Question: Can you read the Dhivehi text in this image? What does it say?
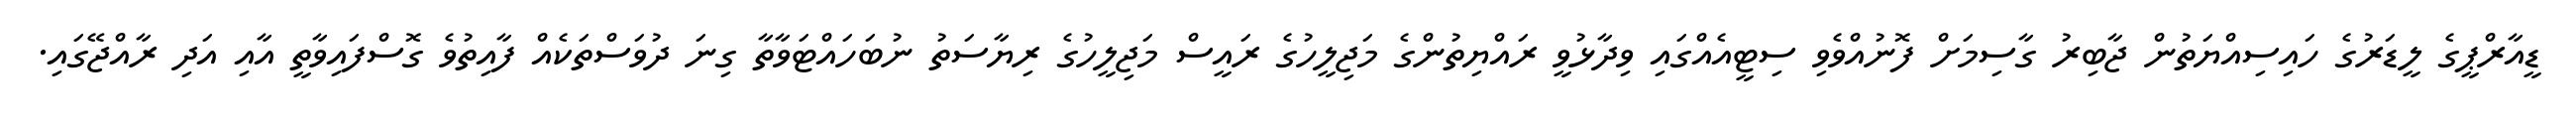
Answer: ޑީއާރްޕީގެ ލީޑަރުގެ ހައިސިއްޔަތުން ޖާބިރު ގާސިމަށް ފޮނުއްވެވި ސިޓީއެއްގައި ވިދާޅުވީ ރައްޔިތުންގެ މަޖިލީހުގެ ރައީސް މަޖިލީހުގެ ރިޔާސަތު ނުބަހައްޓަވާތާ ގިނަ ދުވަސްތަކެއް ފާއިތުވެ ގޮސްފައިވާތީ އާއި އަދި ރާއްޖޭގައި.